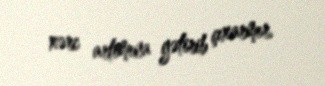
xərc artımına gətirib çıxarmır.